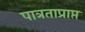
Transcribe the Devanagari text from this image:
पात्रताप्राप्त